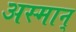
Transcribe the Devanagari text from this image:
अस्मान्